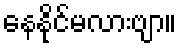
နေနိုင်မလားဗျာ။